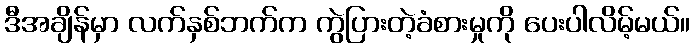
ဒီအချိန်မှာ လက်နှစ်ဘက်က ကွဲပြားတဲ့ခံစားမှုကို ပေးပါလိမ့်မယ်။